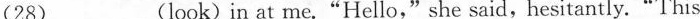
(28)___(look)in at me."Hello,"she said, hesitantly."This